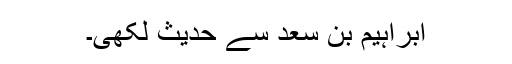
ابراہیم بن سعد سے حدیث لکھی۔